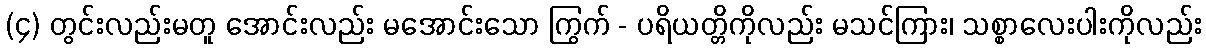
(၄) တွင်းလည်းမတူ အောင်းလည်း မအောင်းသော ကြွက် - ပရိယတ္တိကိုလည်း မသင်ကြား၊ သစ္စာလေးပါးကိုလည်း